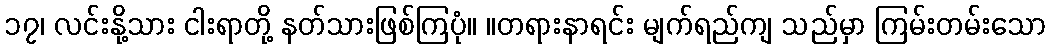
၁၇၊ လင်းနို့သား ငါးရာတို့ နတ်သားဖြစ်ကြပုံ။ ။တရားနာရင်း မျက်ရည်ကျ သည်မှာ ကြမ်းတမ်းသော